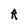
Character: R